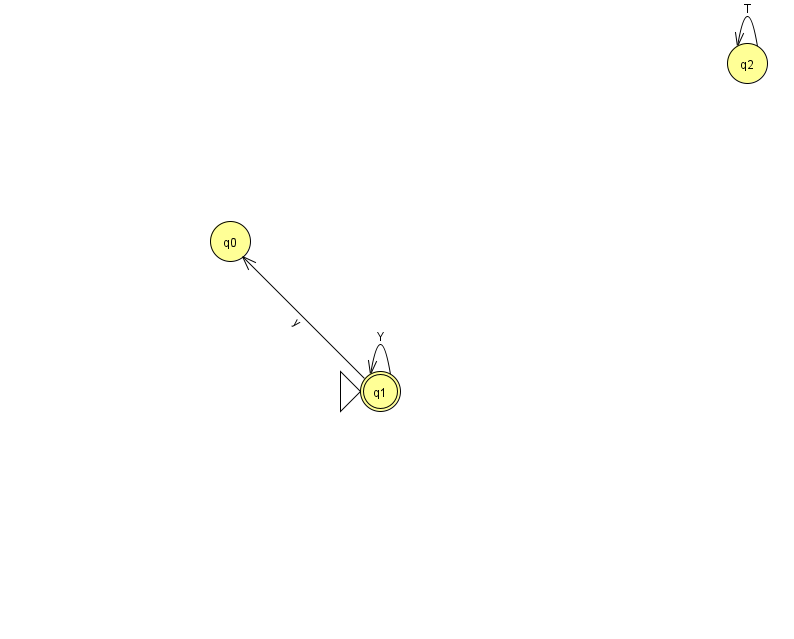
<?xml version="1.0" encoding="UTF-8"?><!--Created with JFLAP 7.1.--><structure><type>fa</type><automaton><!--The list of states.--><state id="0" name="q0"><x>230.0</x><y>228.0</y></state><state id="1" name="q1"><x>380.0</x><y>378.0</y><initial/><final/></state><state id="2" name="q2"><x>747.0</x><y>50.0</y></state><!--The list of transitions.--><transition><from>2</from><to>2</to><read>T</read></transition><transition><from>1</from><to>1</to><read>Y</read></transition><transition><from>1</from><to>0</to><read>y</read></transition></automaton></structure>